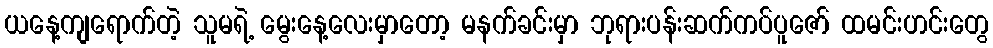
ယနေ့ကျရောက်တဲ့ သူမရဲ့ မွေးနေ့လေးမှာတော့ မနက်ခင်းမှာ ဘုရားပန်းဆက်ကပ်ပူဇော် ထမင်းဟင်းတွေ